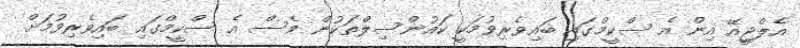
އެލްޖީއޭ އިން އެ ސްކީމްގައި ބައިވެރިވުމަކީ ކައުންސިލްތަކުން ވެސް އެ ސްކީމްގައި ބައިވެރިވުމަށް